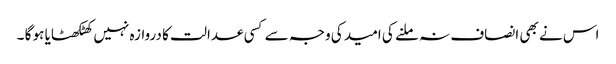
اس نے بھی انصاف نہ ملنے کی امید کی وجہ سے کسی عدالت کا دروازہ نہیں کھٹکھٹایا ہو گا ۔